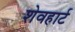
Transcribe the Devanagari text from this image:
शेवहार्ट